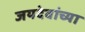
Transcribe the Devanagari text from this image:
जयदेवांच्या